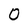
Character: 0